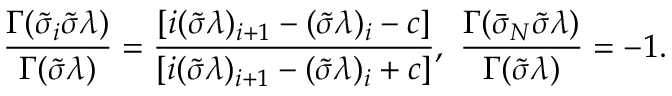
\frac { \Gamma ( \tilde { \sigma } _ { i } \tilde { \sigma } \lambda ) } { \Gamma ( \tilde { \sigma } \lambda ) } = \frac { [ i ( \tilde { \sigma } \lambda ) _ { i + 1 } - ( \tilde { \sigma } \lambda ) _ { i } - c ] } { [ i ( \tilde { \sigma } \lambda ) _ { i + 1 } - ( \tilde { \sigma } \lambda ) _ { i } + c ] } , \, \, \frac { \Gamma ( \bar { \sigma } _ { N } \tilde { \sigma } \lambda ) } { \Gamma ( \tilde { \sigma } \lambda ) } = - 1 .